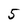
Character: 5